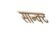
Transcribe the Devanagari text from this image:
सान्क्ट